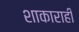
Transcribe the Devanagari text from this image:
शाकाराही